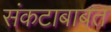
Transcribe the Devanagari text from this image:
संकटाबाबत